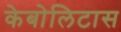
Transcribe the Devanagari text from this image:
केबोलिटास